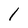
Character: l